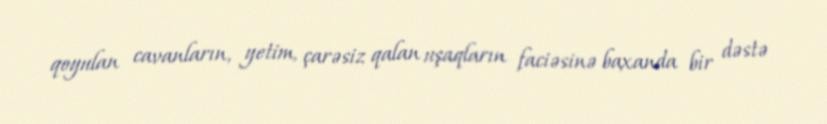
qoyulan cavanların, yetim, çarəsiz qalan uşaqların faciəsinə baxanda bir dəstə